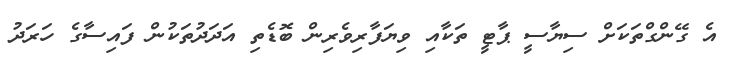
އެ ގޭންގްތަކަށް ސިޔާސީ ޕާޓީ ތަކާއި ވިޔަފާރިވެރިން ބޮޑެތި އަދަދުތަކުން ފައިސާގެ ހަރަދު